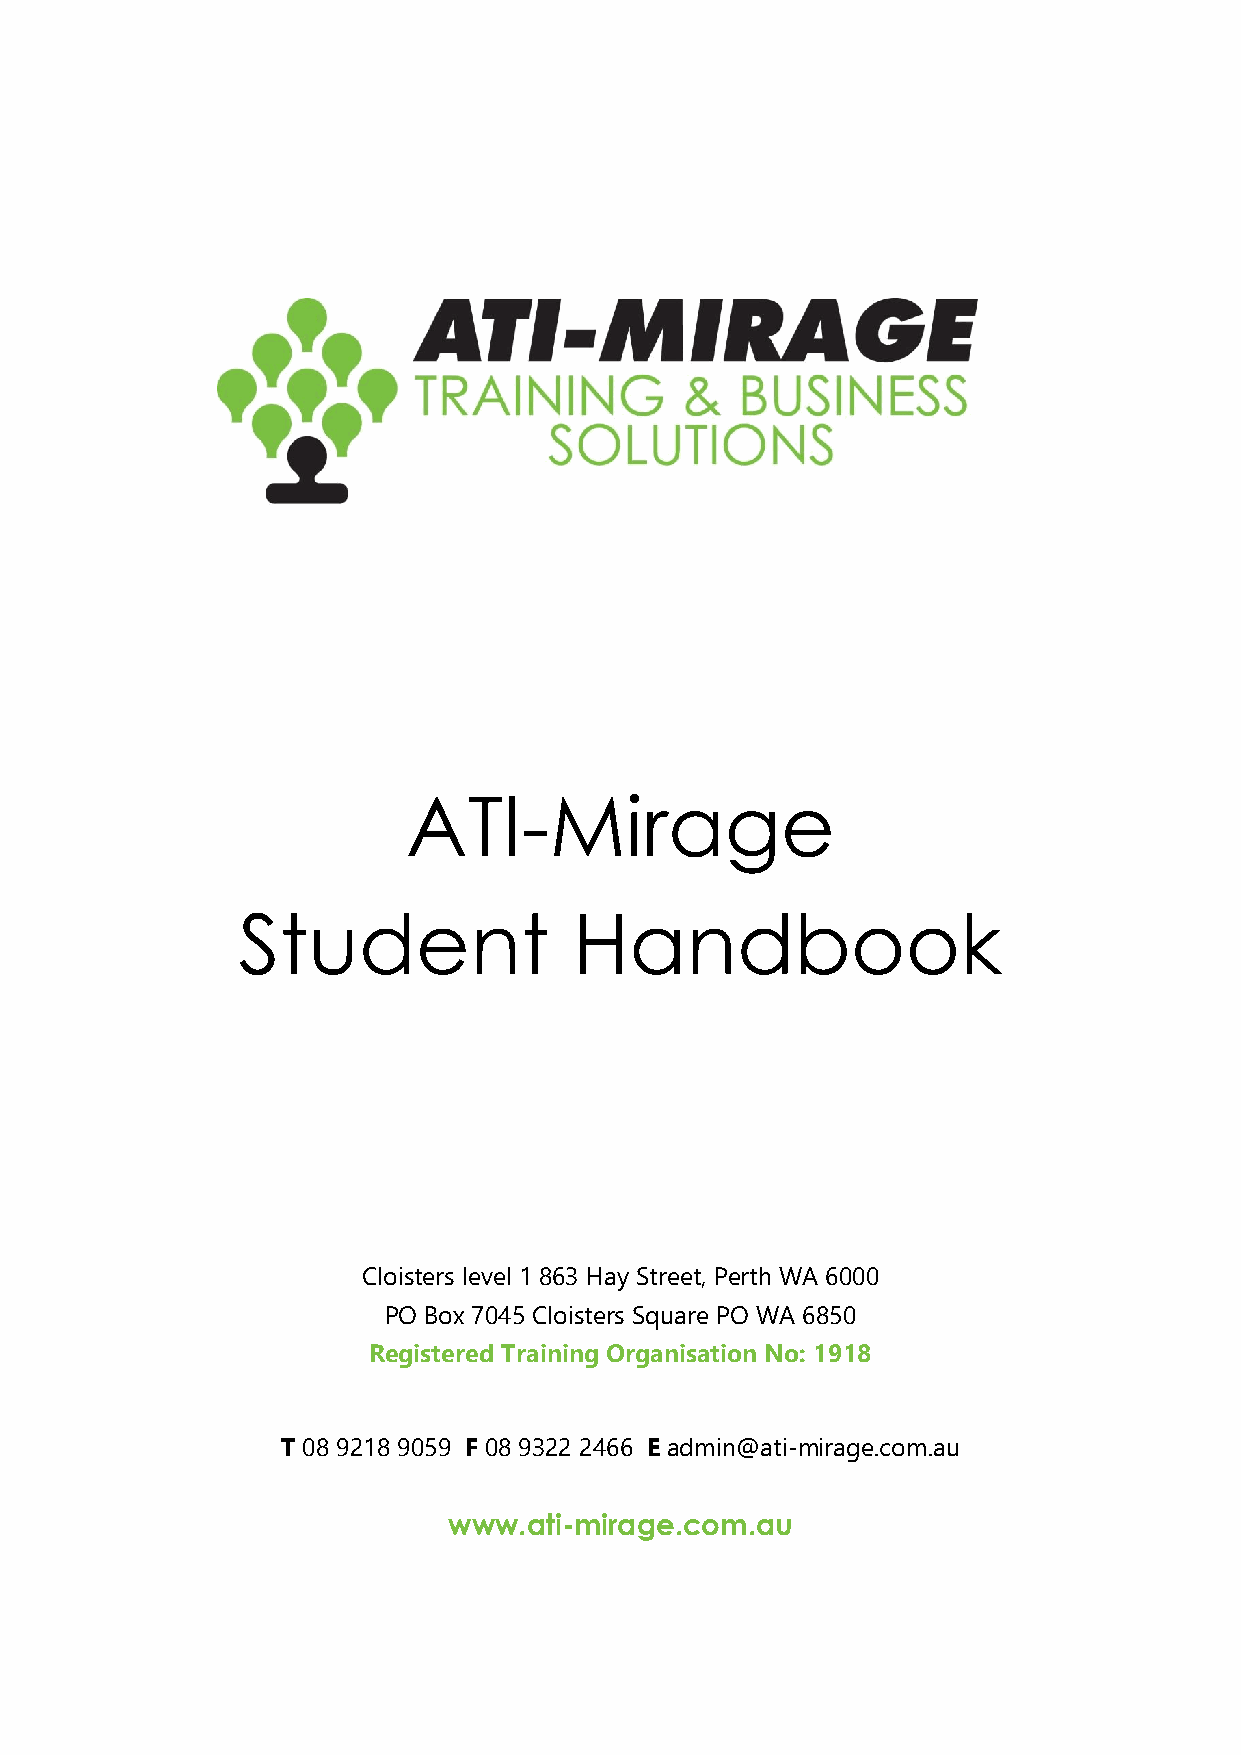
ATI-Mirage
 Student               Handbook
 Cloisters level 1 863 Hay Street, Perth WA 6000
 PO Box 7045 Cloisters Square PO WA 6850
 Registered Training Organisation No: 1918
 T 08 9218 9059 F 08 9322 2466 E admin@ati-mirage.com.au
 www.ati-mirage.com.au